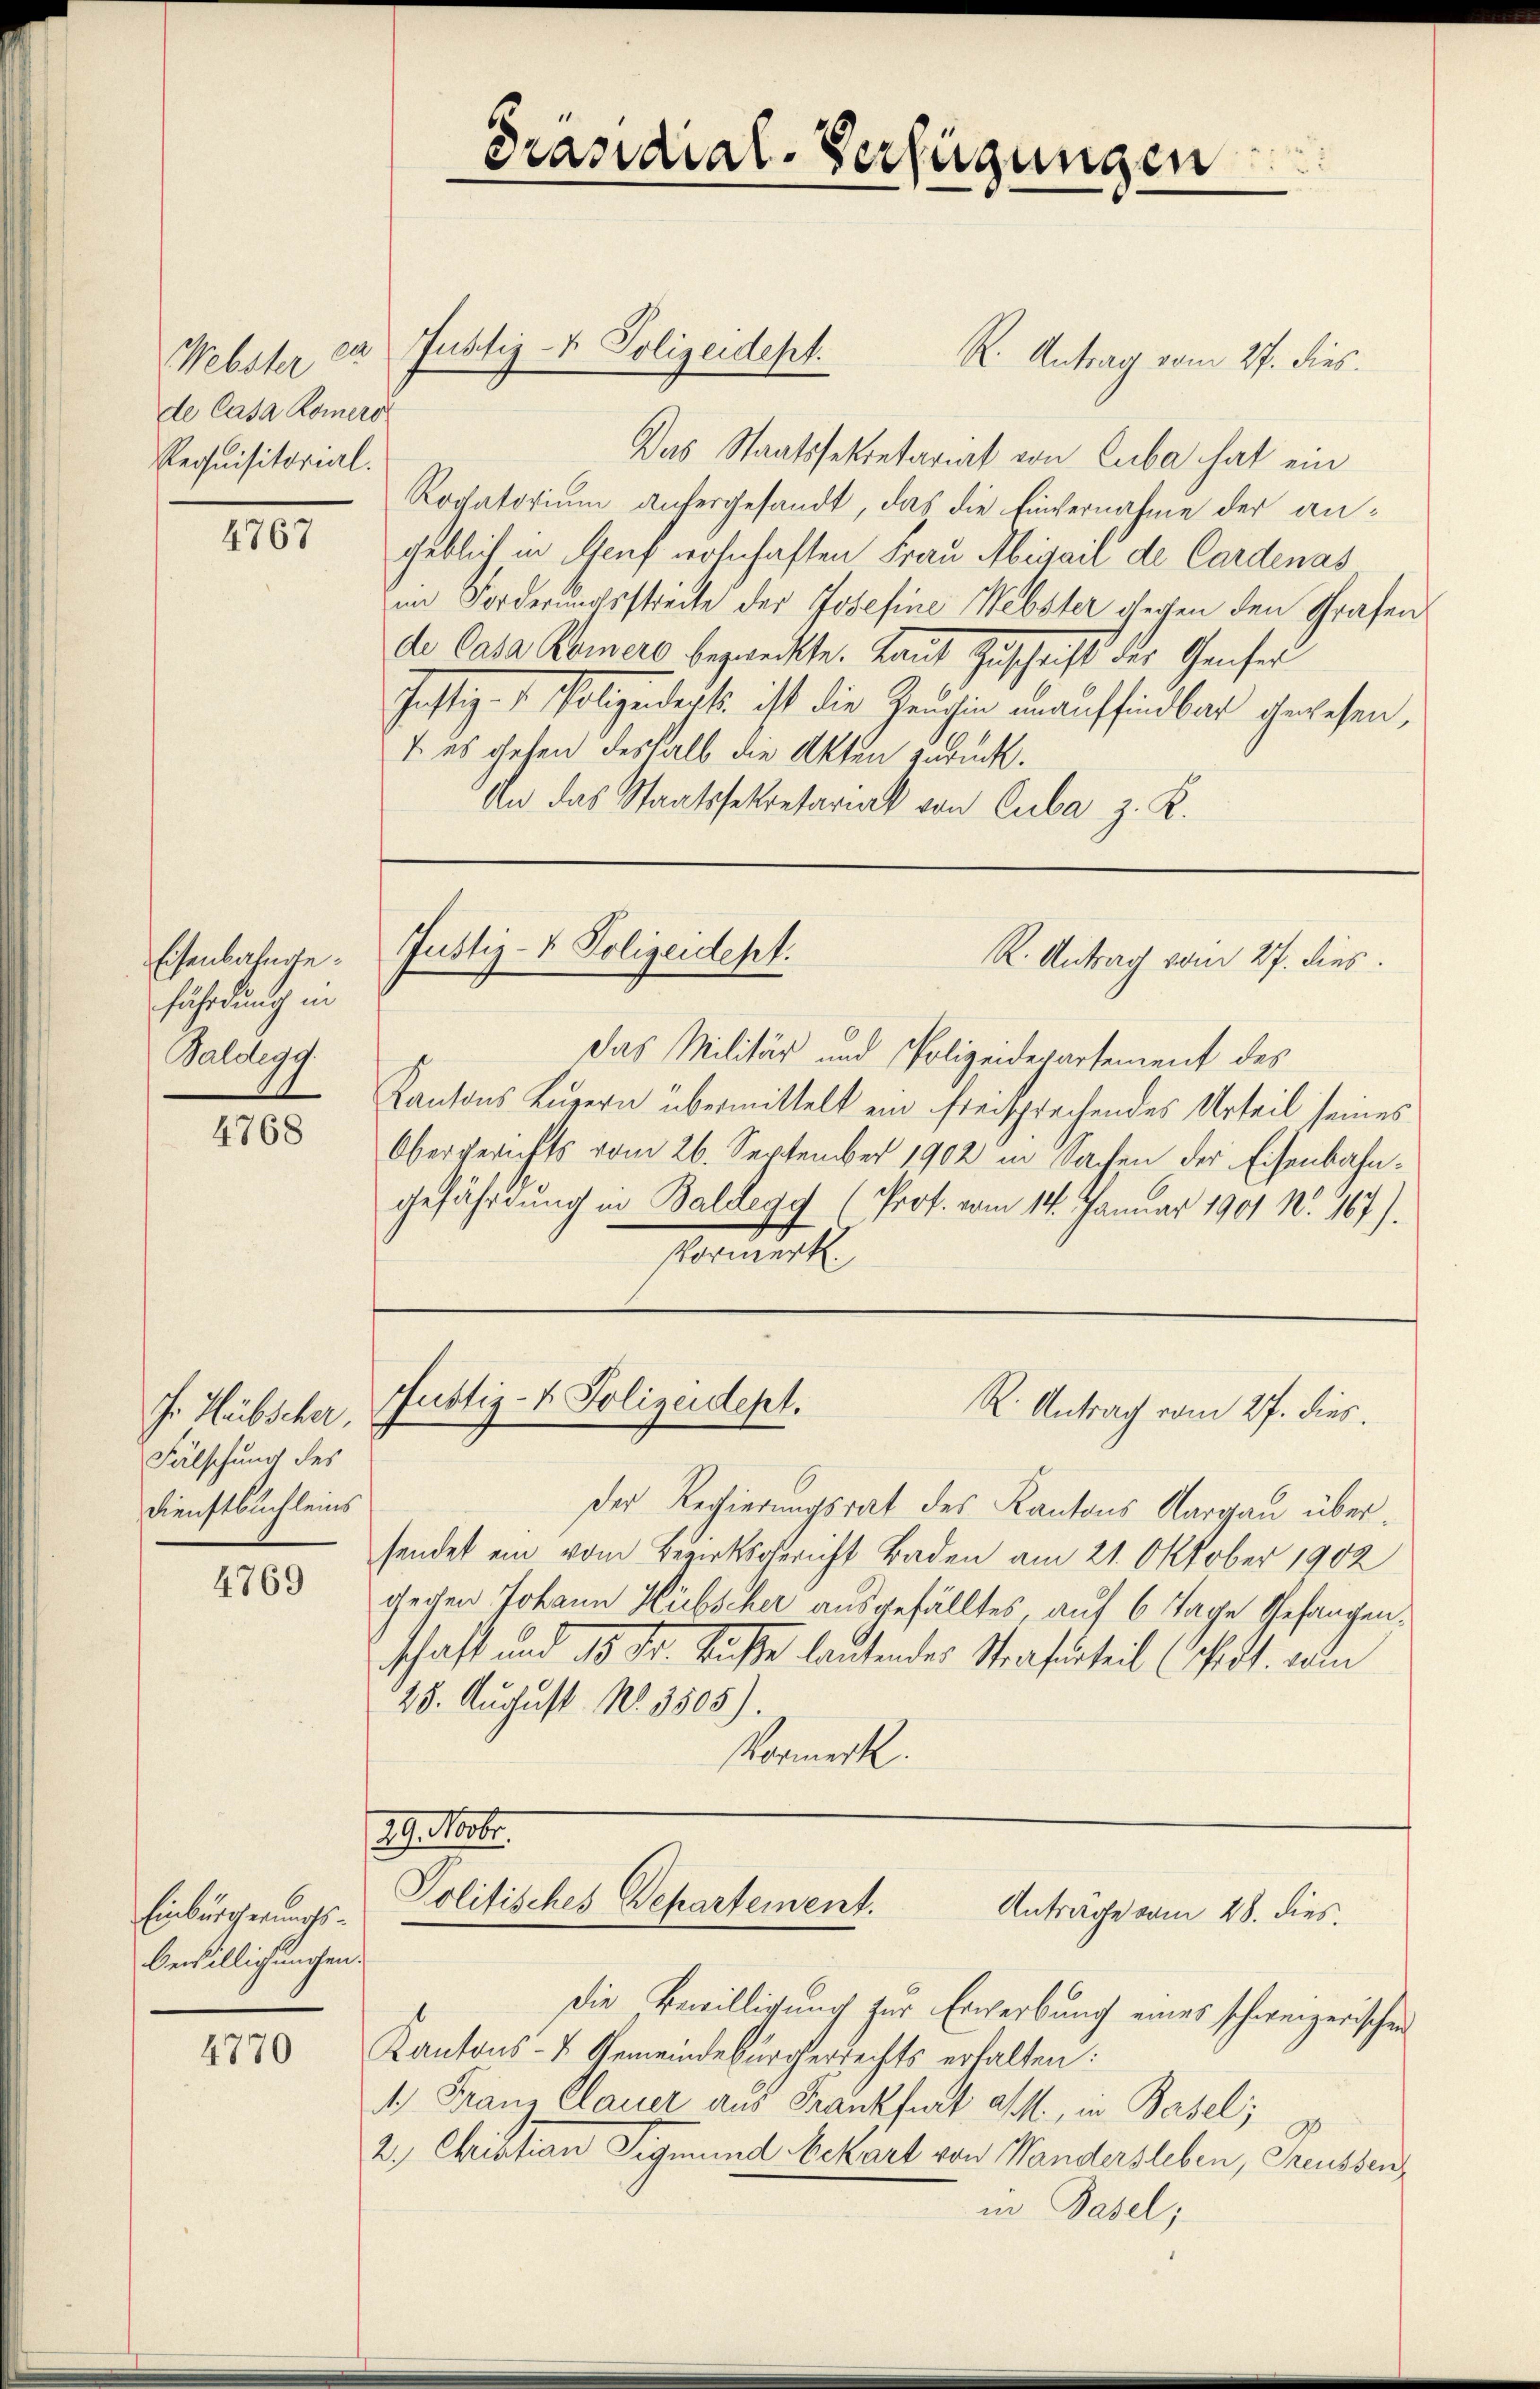
de Casa Komers
Requisitorial.

4767

Eisenbahngefährdung in
Baldegg.

4768

J. Hübscher,
Fälschung des
Dienstbuchleins

4769

Einbürgerungs-
bewilligungen.

4770

R. Antrag vom 27. dies
Das Staatssekretariat von Cuba hat ein
Rovatorium anhergesandt, das die Einvernahme der angeblich in Auf wohnhaften Frau Migail de Cardenas
im Forderungsstreite der Josefine Webster gegen den Grafen
de Caßa Keinere bezweckte. Laut Zuschrift der Genfer
Justiz- & Polizendeck ist die Zeuchen unauffindbar gewesen,
 es gehen deshalb die Akten zurück.
An das Staatssekretariat von Cuba z. K.

Das Militär und Polizeidepartement des
Kantons Luzern übermittelt ein freisprechendes Urteil seines
Obergerichts vom 26. September 1902 in Sachen der Eisenbahngefährdung in Baldegg (Prof. vom 14. Januar 1901 Nr. 167).
Vormerk.

Präsidial-Verfügungen

Webster er Justiz- & Polizeidept.

Justiz- & Polizeidept:
R. Antrag vom 27. dies

Justiz- & Polizeidept.
R: Antrag vom 27. dies.

Der Regierungsrat des Kantons Aargau übersendet ein vom Bezirksgericht Baden am 21. Oktober 1902
gechen Johann Hübscher ausgefälltes auf 6 Tage Gefangenschaft und 13. Dr. Rechte lautender Strafurteil (Pot. von
28. August No. 3505).
Vormerk.

I tester.
Politisches Departement.
Anträge vom 28. dies.

Die Bewilligung zur Erwerbung eines schweizerischen
Kantons- & Gemeindebürgerrechts erhalten:
A.) Franz Clauer aus Frankfurt a/M., in Basel;
9
2. Christian Sigmund bekärt von Wandersleben, Treussen
in Basel;